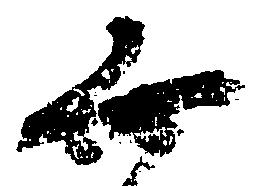
無